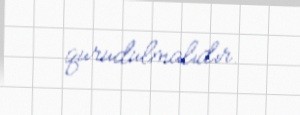
qurudulmalıdır.